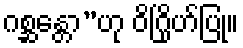
ဂစ္ဆန္တော”ဟု ဝိဂြိုဟ်ပြု။